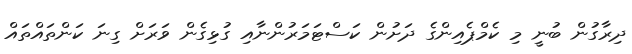
ދިރާގުން ބުނީ މި ކެމްޕެއިންގެ ދަށުން ކަސްޓަމަރުންނާއި ގުޅިގެން ވަރަށް ގިނަ ކަންތައްތައް